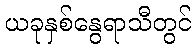
ယခုနှစ်နွေရာသီတွင်